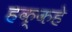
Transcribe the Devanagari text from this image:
हक्कहे